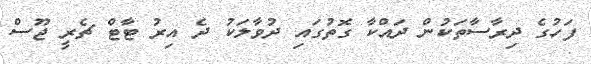
ފަހުގެ ދިރާސާތަކުން ދައްކާ ގޮތުގައި ދުވާލަކު ދެ އިރު ޓާޓް ޗެރީ ޖޫސް